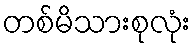
တစ်မိသားစုလုံး